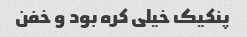
پنکیک خیلی کره بود و خفن